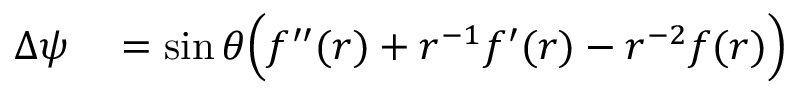
\begin{array} { r l } { \Delta { \psi } } & { { } = \sin \theta \Big ( f ^ { \prime \prime } ( r ) + r ^ { - 1 } f ^ { \prime } ( r ) - r ^ { - 2 } f ( r ) \Big ) } \end{array}